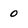
Character: 0